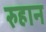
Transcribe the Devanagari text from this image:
रुहान